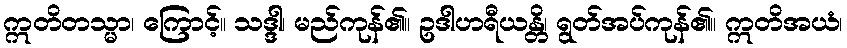
ဣတိတသ္မာ၊ ကြောင့်။ သဒ္ဒါ၊ မည်ကုန်၏။ ဥဒါဟရီယန္တိ၊ ရွတ်အပ်ကုန်၏။ ဣတိအယံ၊